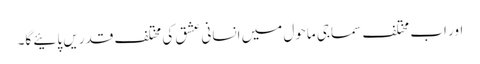
اور اب مختلف سماجی ماحول میں انسانی عشق کی مختلف قدریں پائیے گا۔